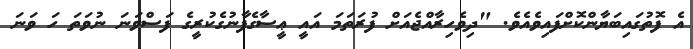
އެ ފޮތުގައިބަޔާންކޮށްފައިވެއެވެ. "ދިވެހިރާއްޖެއަށް ފުރަތަމަ އައީ ޢީސާގެފާނުގެކުރީގެ ފަސްވަނަ ނުވަތަ ހަ ވަނަ